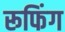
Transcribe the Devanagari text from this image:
रूफिंग